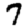
Digit: 7